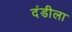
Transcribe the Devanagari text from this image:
दंडीला